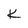
Character: K